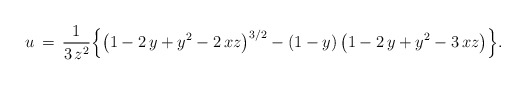
\begin{align*}u\,=\,\frac{1}{3\,z^2}\Big\{\big(1-2\,y+y^2-2\,xz\big)^{3/2}-(1-y)\,\big(1-2\,y+y^2-3\,xz\big)\Big\}.\end{align*}